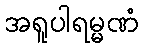
အရူပါရမ္မဏံ